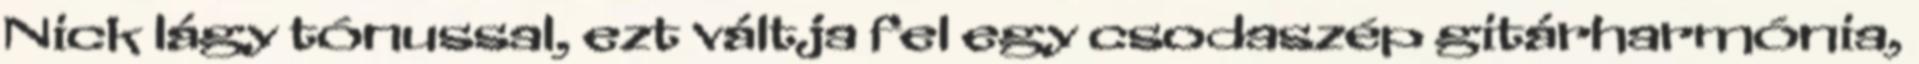
Nick lágy tónussal, ezt váltja fel egy csodaszép gitárharmónia,